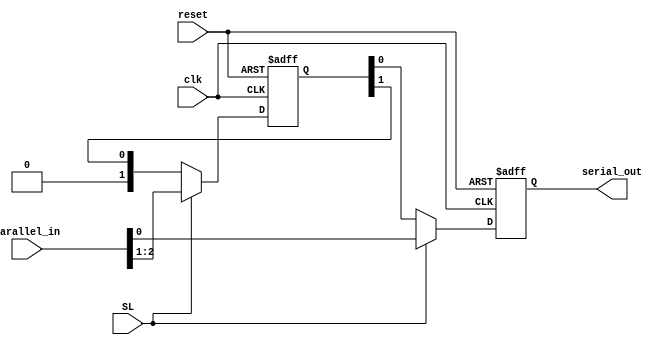
/*
clk : clock for shif and load operations
parallel_in : output of the MUX, data to be send
SL : '1' => load, '0' => shift
serial_out : data serialization
*/

module PISO_register(
  input wire clk, reset,
  input wire [2:0] parallel_in,
  input wire SL, 
  output reg serial_out
  
);
  
reg [1:0] register;
	
always @(posedge clk or posedge reset) begin

    if(reset == 1) begin
	serial_out <= 0;
	register <= 2'b0;
    end
    else begin
    	if(SL==1) begin
	
	    register[1:0] <= parallel_in[2:1]; // Load 
	    serial_out <= parallel_in[0];  // Output the least significant bit
	       
    	end
    	else if (SL==0) begin
	
	serial_out <= register[0]; // Output the least significant bit
        register <= register >>> 1; //shift
	
    	end
    end
end

endmodule